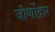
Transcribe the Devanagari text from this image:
जीर्णोद्नार